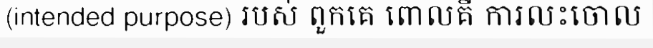
(intended purpose) របស់ ពួកគេ ពោលគឺ ការលះចោល